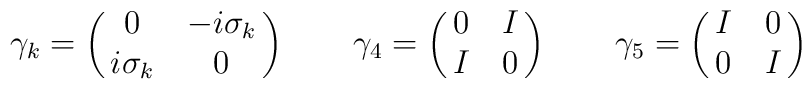
\gamma_k = \left( \matrix{ 0 & -i\sigma_k \cr i\sigma_k & 0} \right)  \qquad   \gamma_4 = \left( \matrix{ 0 & I \cr I & 0} \right)  \qquad   \gamma_5 = \left( \matrix{ I & 0 \cr 0 & I} \right)